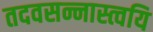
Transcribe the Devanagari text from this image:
तदवसन्नास्त्वयि